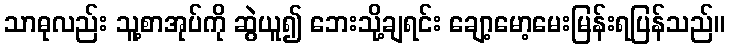
သာဓုလည်း သူ့စာအုပ်ကို ဆွဲယူ၍ ဘေးသို့ချရင်း ချော့မော့မေးမြန်းရပြန်သည်။